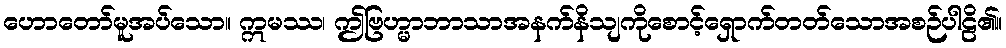
ဟောတော်မူအပ်သော။ ဣမဿ၊ ဤဗြဟ္မာဘာသာအနက်နိသျကိုစောင့်ရှောက်တတ်သောအစဉ်ပါဠိ၏။